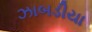
ઝાબડીયા